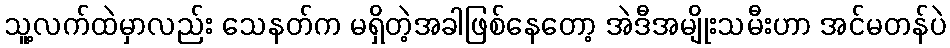
သူ့လက်ထဲမှာလည်း သေနတ်က မရှိတဲ့အခါဖြစ်နေတော့ အဲဒီအမျိုးသမီးဟာ အင်မတန်ပဲ